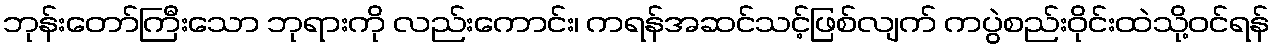
ဘုန်းတော်ကြီးသော ဘုရားကို လည်းကောင်း၊ ကရန်အဆင်သင့်ဖြစ်လျက် ကပွဲစည်းဝိုင်းထဲသို့ဝင်ရန်